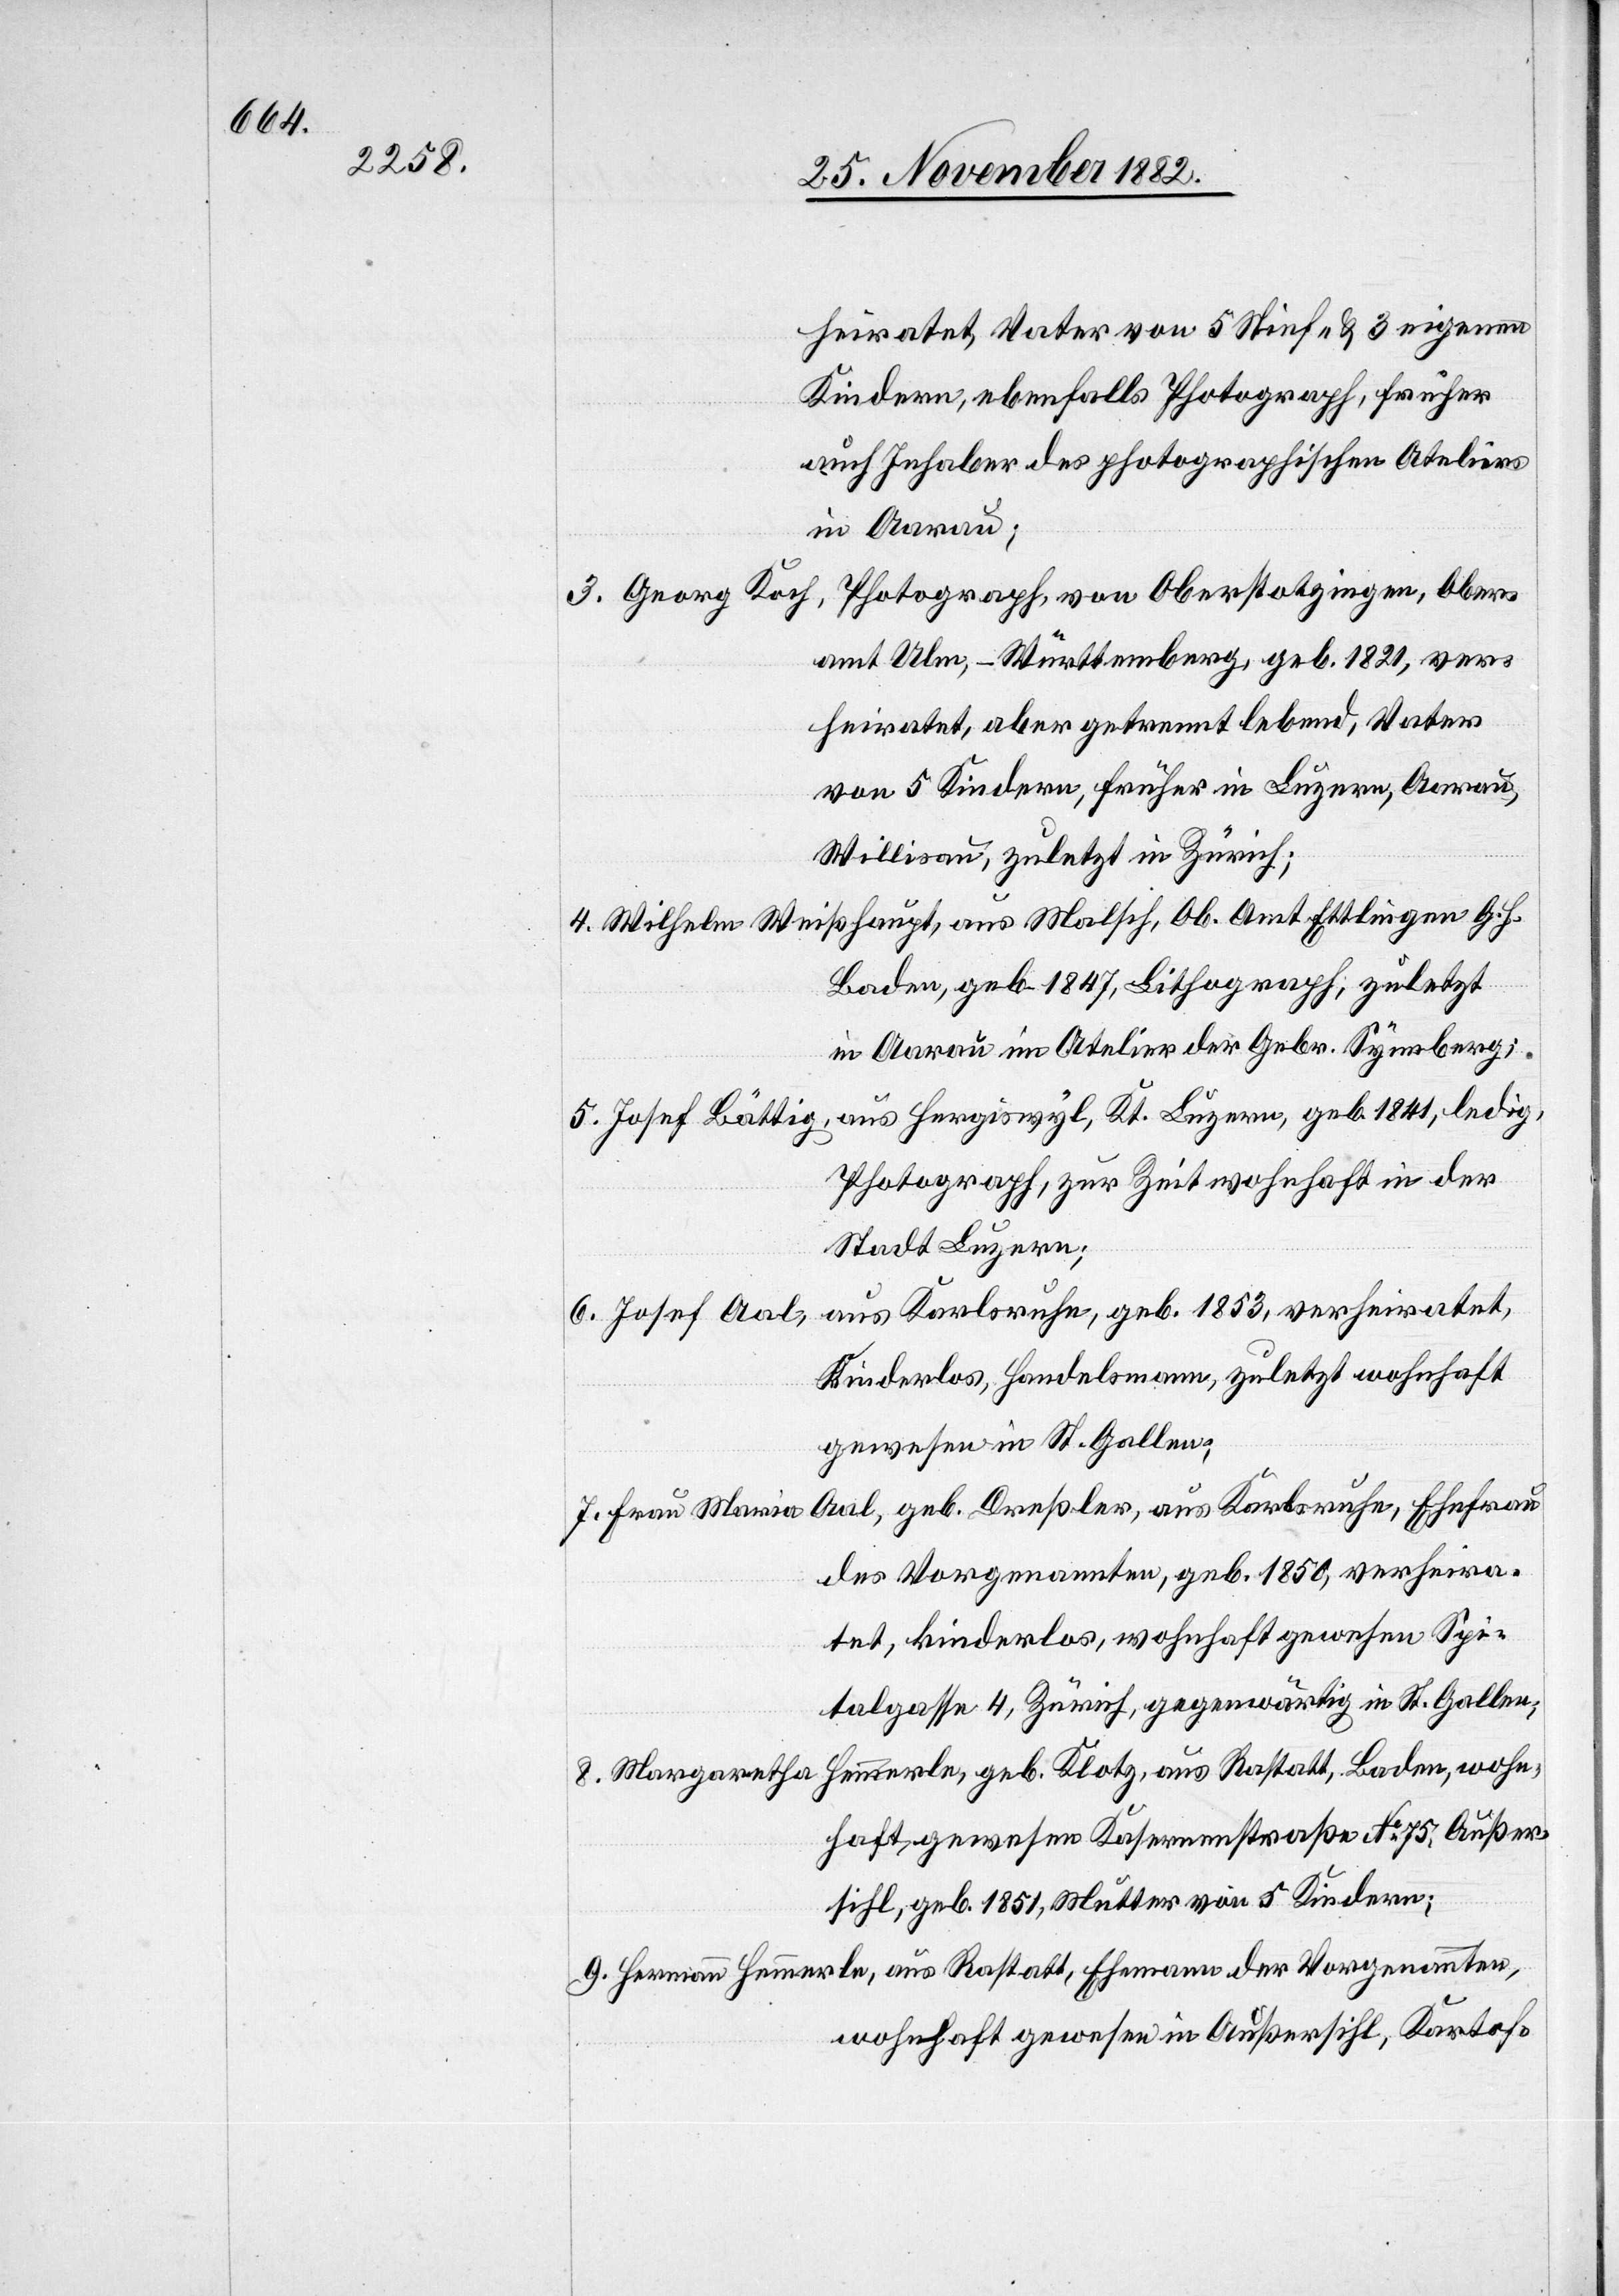
heiratet, Vater von 5 Stief- & 3 eigenen
Kindern, ebenfalls Fotograph, früher
Inhaber des photographischen Ateliers
in Aarau;
Photograph, von Oberstotzingen, Ober¬
3. Georg Koch,
amt Ulm, – Württemberg, geb. 1821, ver¬
heiratet, aber getrennt lebend, Vater
von 5 Kindern, früher in Luzern, Aarau,
Willisau, zuletzt in Zürich;
4. Wilhelm Weißhaupt, aus Malsch, Ob. Amt Ettlingen G. H.
Baden, geb. 1847, Lithograph, zuletzt
in Aarau im Atelier der Gebr. Synnberg;
5. Josef Bättig, aus Hergiswyl, Kt. Luzern, geb. 1841, ledig,
Photograph, zur Zeit wohnhaft in der
Stadt Luzern;
6. Josef Aal, aus Karlsruhe, geb. 1853, verheiratet,
kinderlos, Handelsmann, zuletzt wohnhaft
gewesen in St. Gallen;
Aal, geb. Dreßler, aus Karlsruhe, Ehefrau
7. Frau Maria
des Vorgenannten, geb. 1850, verheira¬
tet, kinderlos, wohnhaft gewesen Spi¬
talgasse 4, Zürich, gegenwärtig in St. Gallen;
8. Margaretha Hemmerle, geb. Klotz, aus Rastatt, Baden, wohn¬
haft gewesen Kasernenstraße No 75, Außer¬
sihl, geb. 1851, Mutter von 5 Kindern;
9. Hermann Hemmerle, aus Rastatt, Ehemann der Vorgenannten,
wohnhaft gewesen in Außersihl, Kartof-